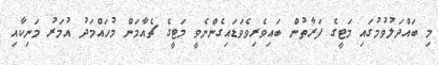
މި ބައްދަލުވުމުގައި މަޓީގެ ފަރާތުން ބައިވެރިވެވަޑައިގެންނެވީ މަޓީގެ ޗެއާމަން މުހައްމަދު އުމަރު މަނިކާއި